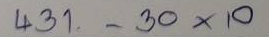
431 - 30 x 10